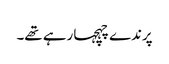
پرندے چہچہا رہے تھے۔